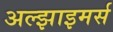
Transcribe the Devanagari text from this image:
अल्झाइमर्स